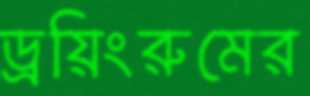
ড্রয়িংরুমের